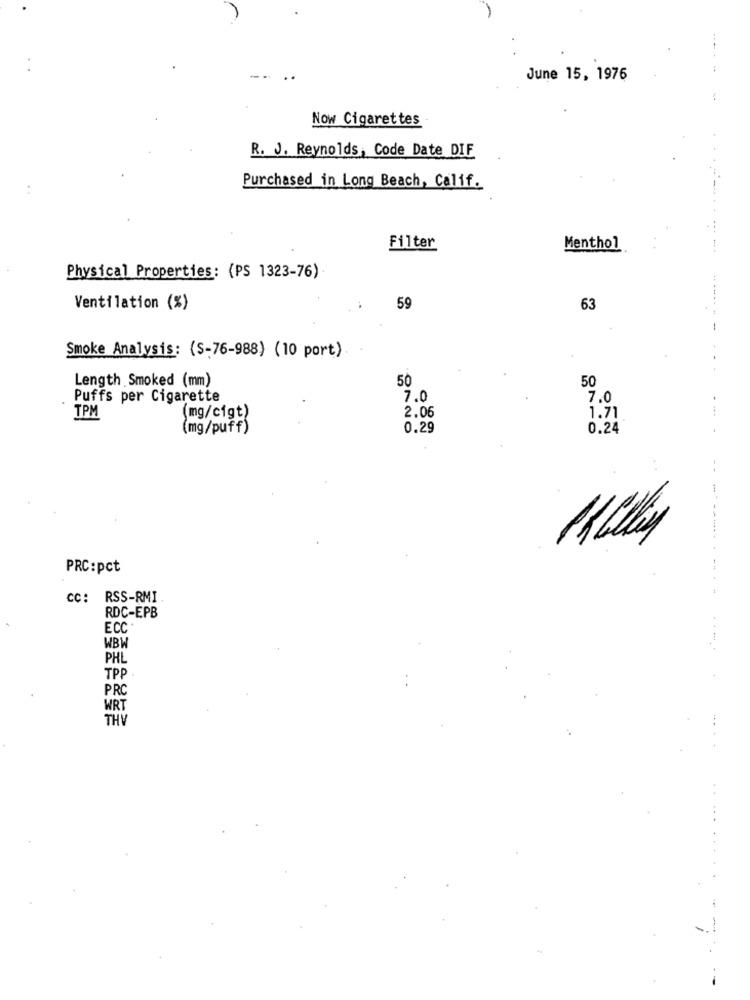
-----
June 15, 1976
Now Cigarettes
R. J. Reynolds, Code Date DIF
Purchased in Long Beach, Calif.
Filter
Menthol
Physical Properties: (PS 1323-76)
Ventilation (%)
59
63
Smoke Analysis: (S-76-988) (10 port)
Length Smoked (mm)
50
50
Puffs per Cigarette
7.0
7.0
2.06
TPM
(mg/cigt)
1.71
(mg/puff)
0.29
0.24
PRC:pct
......
CC: RSS-RMI.
RDC-EPB
ECC
WBW
PHL
TP
PRC
WRT